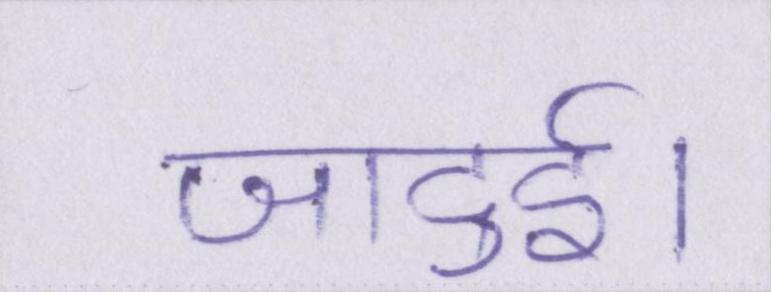
जादुई।